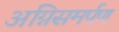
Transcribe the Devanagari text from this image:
अग्निसमर्पण